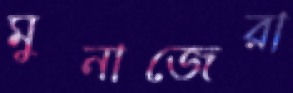
মুনাজেরা